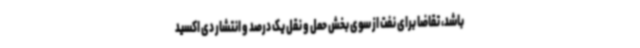
باشد، تقاضا برای نفت از سوی بخش حمل و نقل یک درصد و انتشار دی اکسید